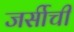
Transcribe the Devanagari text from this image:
जर्सीची